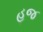
હજ